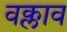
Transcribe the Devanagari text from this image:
वक्लाव